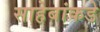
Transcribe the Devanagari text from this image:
साहेबांकडे